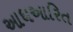
આધઆરિત